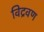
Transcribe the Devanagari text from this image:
विद्रवण